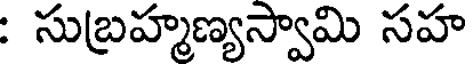
: సుబ్రహ్మణ్యస్వామి సహ